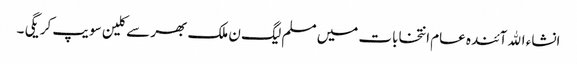
انشاء الله آئندہ عام انتخابات میں مسلم لیگ ن ملک بھر سے کلین سویپ کریگی ۔